Indian journal of veterinary science and animal husbandry - Volumes 24-25, 1954-1955
Year: 1954
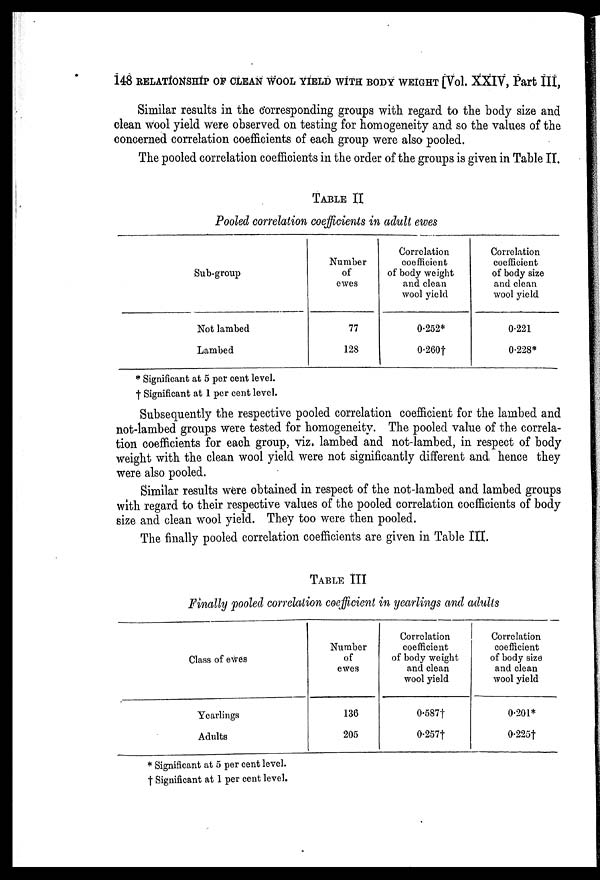
148 RELATIONSHIP OF CLEAN WOOL YIELD WITH BODY WEIGHT [Vol. XXIV, Part III,
Similar results in the corresponding groups with regard to the body size and
clean wool yield were observed on testing for homogeneity and so the values of the
concerned correlation coefficients of each group were also pooled.
The pooled correlation coefficients in the order of the groups is given in Table II.
TABLE II
Pooled correlation coefficients in adult ewes
Sub-group
Not lambed
Lambed
Number
of
ewes
77
128
Correlation
coefficient
of body weight
and clean
wool yield
0.252*
0.260†
Correlation
coefficient
of body size
and clean
wool yield
0.221
0.228*
* Significant at 5 per cent level.
† Significant at 1 per cent level.
Subsequently the respective pooled correlation coefficient for the lambed and
not-lambed groups were tested for homogeneity. The pooled value of the correla-
tion coefficients for each group, viz. lambed and not-lambed, in respect of body
weight with the clean wool yield were not significantly different and. hence they
were also pooled.
Similar results were obtained in respect of the not-lambed and lambed groups
with regard to their respective values of the pooled correlation coefficients of body
size and clean wool yield. They too were then pooled.
The finally pooled correlation coefficients are given in Table III.
TABLE III
Finally pooled correlation coefficient in yearlings and adults
Class of ewes
Yearlings
Adults
Number
of
ewes
136
205
Correlation
coefficient
of body weight
and clean
wool yield
0.587†
0.257†
Correlation
coefficient
of body size
and clean
wool yield
0.201*
0.225†
* Significant at 5 per cent level.
† Significant at 1 per cent level.